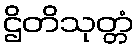
ဌိတိသုတ္တံ